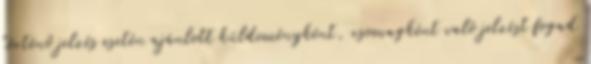
történő jelzés esetén ajánlott küldeményként, csomagként való jelzést fogad